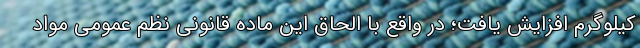
کیلوگرم افزایش یافت؛ در واقع با الحاق این ماده قانونی نظم عمومی مواد